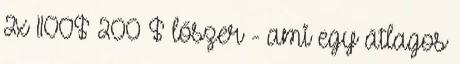
2x 1100$ 200 $ lőszer - ami egy átlagos